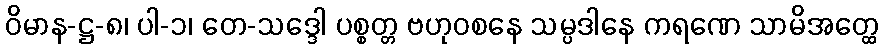
ဝိမာန-ဋ္ဌ-၈၊ ပါ-၁၊ တေ-သဒ္ဒေါ ပစ္စတ္တ ဗဟုဝစနေ သမ္ပဒါနေ ကရဏေ သာမိအတ္ထေ